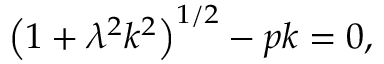
\left( 1 + \lambda ^ { 2 } k ^ { 2 } \right) ^ { 1 / 2 } - p k = 0 ,